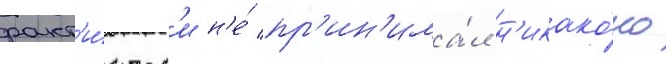
факт'и́ческ'и н'е́ пр'ин'има́л н'икако́го